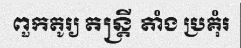
ពួកតូរ្យ តន្ត្រី តាំង ប្រគុំរ